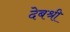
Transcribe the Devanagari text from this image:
देबश्री